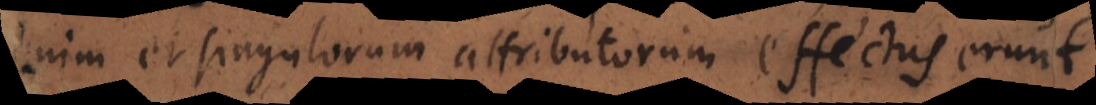
enim et singulorum attributorum effectus erunt